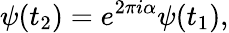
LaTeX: \psi(t_{2})=e^{2\pi i\alpha}\psi(t_{1}),